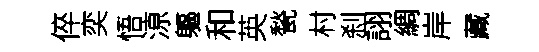
倅奕悟鿌軀和英甃村刹詡綢岸藏